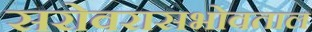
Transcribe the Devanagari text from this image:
सरोवरासभोवताल